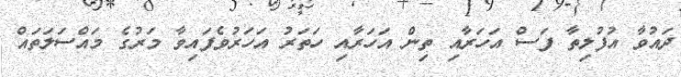
ދައުވާ އުފުލިތާ ފަސް އަހަރާއި ތިން އަހަރާއި ހަތަރު އަހަރުވެފައިވާ މަރުގެ މައްސަލަތައް